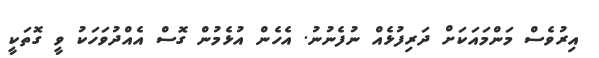
އިރުވެސް މަންމައަކަށް ދަރިފުޅެއް ނުފެނުނު. އެހެން އުޅެމުން ގޮސް އެއްދުވަހަކު ވީ ގޮތަކީ